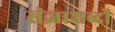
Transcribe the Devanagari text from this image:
संज्ञाशब्दों